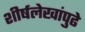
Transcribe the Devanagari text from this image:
शीर्षलेखांपुढे